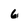
Character: 6